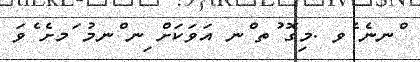
ްނނެ ެވ .މިގޮ ުތ ްނ އަވަކަށް ިނ ްނމު ަމށެ ެވަ